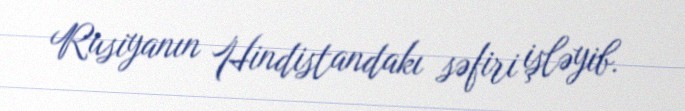
Rusiyanın Hindistandakı səfiri işləyib.